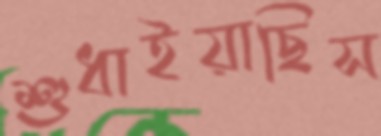
শুধাইয়াছিস